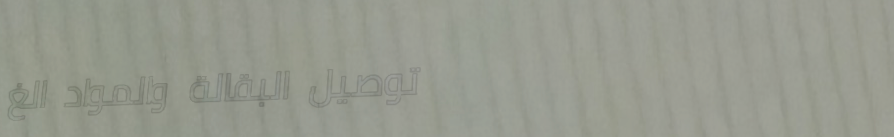
توصيل البقالة والمواد الغ